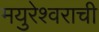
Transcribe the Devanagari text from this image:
मयुरेश्वराची